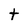
Character: t